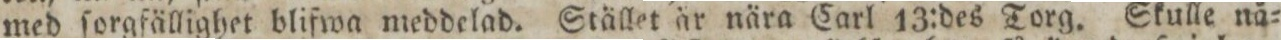
med ſorgfällighet blifwa meddelad. Stället är nära Carl 13:des Torg. Skulle nå=